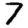
Digit: 7